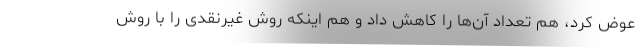
عوض کرد، هم تعداد آن‌ها را کاهش داد و هم اینکه روش غیرنقدی را با روش